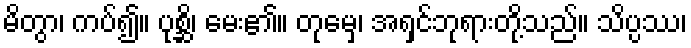
မိတွာ၊ ကပ်၍။ ပုစ္ဆိ၊ မေး၏။ တုမှေ၊ အရှင်ဘုရားတို့သည်။ သိပ္ပဿ၊